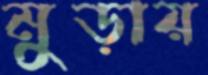
মুড়ায়